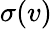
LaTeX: \sigma(v)